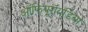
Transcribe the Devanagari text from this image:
ऑफियूरॉयडिया